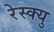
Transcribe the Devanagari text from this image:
रेस्क्यु